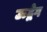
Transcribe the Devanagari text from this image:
ऊद्वेग